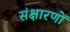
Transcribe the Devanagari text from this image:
संक्षारणों